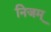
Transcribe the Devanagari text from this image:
निजम्